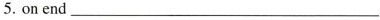
5. on end ___